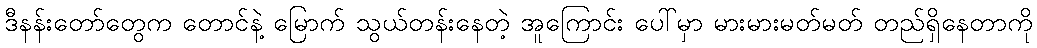
ဒီနန်းတော်တွေက တောင်နဲ့ မြောက် သွယ်တန်းနေတဲ့ အူကြောင်း ပေါ်မှာ မားမားမတ်မတ် တည်ရှိနေတာကို